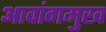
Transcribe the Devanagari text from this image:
आवांगमुख